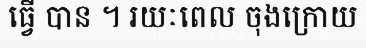
ធ្វើ បាន ។ រយៈពេល ចុងក្រោយ